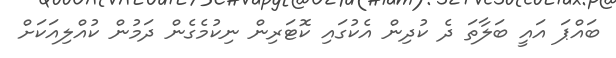
ބައްޕަ އައީ ބަލާތަ ދެ ކުދިން އެކުގައި ކޮޓަރިން ނިކުމެގެން ދަމުން ކުއްލިއަކަށް